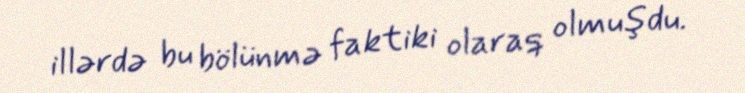
illərdə bu bölünmə faktiki olaraq olmuşdu.